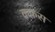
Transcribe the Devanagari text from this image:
क़फ़स